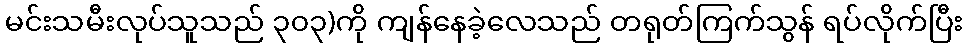
မင်းသမီးလုပ်သူသည် ၃၀၃)ကို ကျန်နေခဲ့လေသည် တရုတ်ကြက်သွန် ရပ်လိုက်ပြီး